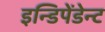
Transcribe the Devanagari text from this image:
इन्डिपेंडेन्ट